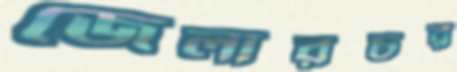
জেলারচর